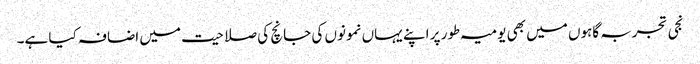
نجی تجربہ گاہوں میں بھی یومیہ طور پر اپنے یہاں نمونوں کی جانچ کی صلاحیت میں اضافہ کیا ہے۔